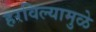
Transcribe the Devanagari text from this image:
हरविल्यामुळे